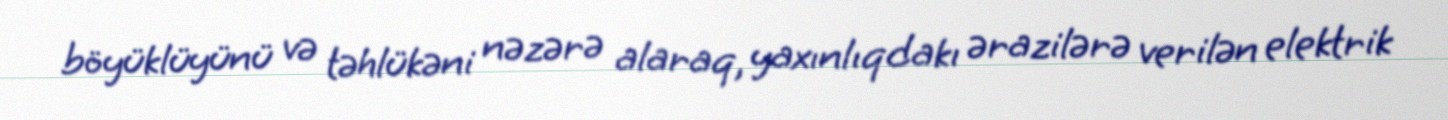
böyüklüyünü və təhlükəni nəzərə alaraq, yaxınlıqdakı ərazilərə verilən elektrik